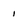
Character: 1